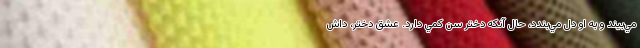
مي‌بيند و به او دل مي‌بندد، حال آنکه دختر سن کمي دارد. عشق دختر، داش